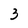
Character: 3